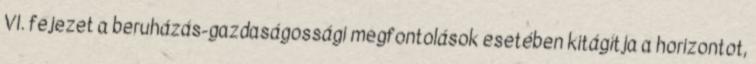
VI. fejezet a beruházás-gazdaságossági megfontolások esetében kitágítja a horizontot,